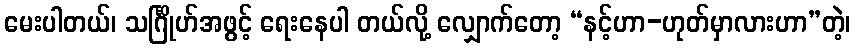
မေးပါတယ်၊ သင်္ဂြိုဟ်အဖွင့် ရေးနေပါ တယ်လို့ လျှောက်တော့ “နင့်ဟာ-ဟုတ်မှာလားဟာ”တဲ့၊